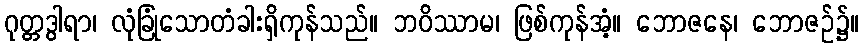
ဂုတ္တဒွါရာ၊ လုံခြုံသောတံခါးရှိကုန်သည်။ ဘဝိဿာမ၊ ဖြစ်ကုန်အံ့။ ဘောဇနေ၊ ဘောဇဉ်၌။